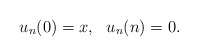
\begin{align*}u_{n}(0)=x, \ \ u_{n}(n)=0.\end{align*}